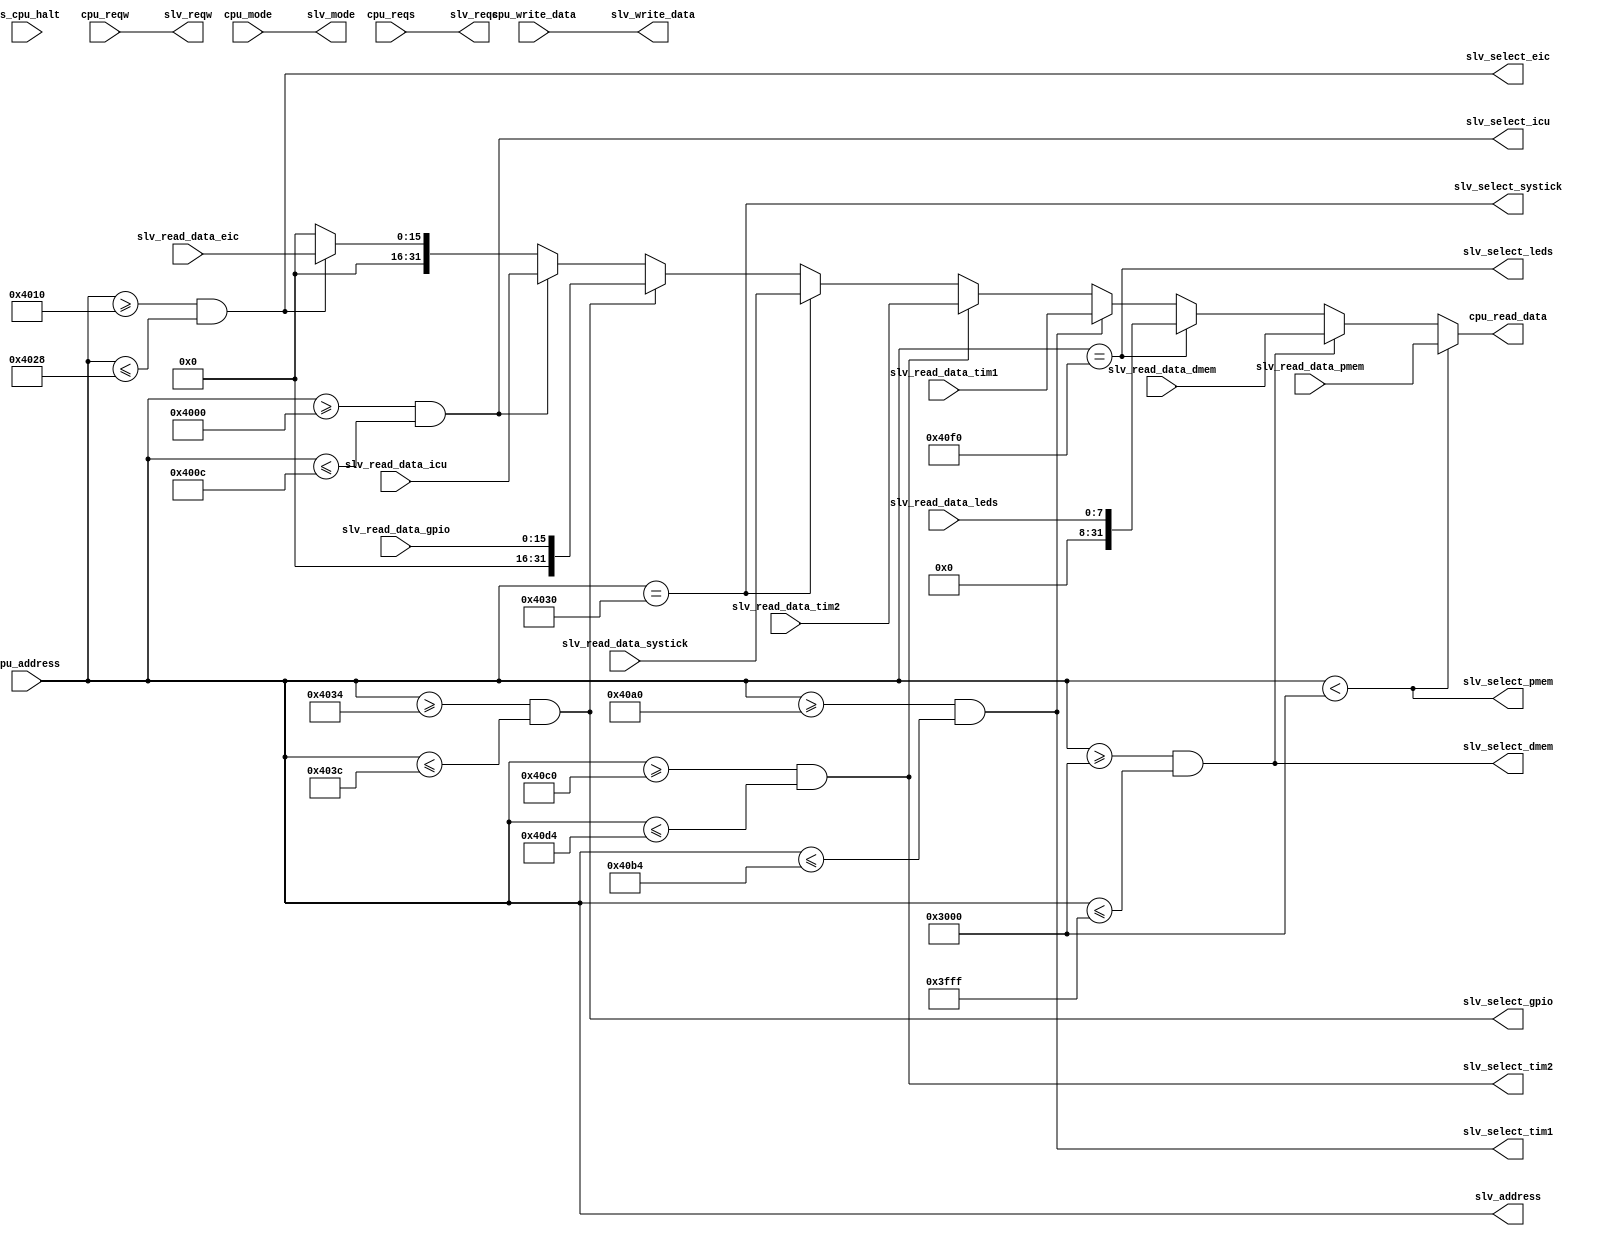
module bus_arbiter(
    input ds_cpu_halt,                 // CPU halt debug signal. If it's active, the debug bus controls the bus.

    // CPU master signals
    input [31:0] cpu_address,
    input [31:0] cpu_write_data,
    input [1:0] cpu_reqw,
    input [1:0] cpu_mode,
    input cpu_reqs,
    output [31:0] cpu_read_data,

    
`ifdef FEATURE_DBG_PORT
    // Debug master signals
    input [31:0] dbg_address,
    input [31:0] dbg_write_data,
    input [1:0] dbg_reqw,
    input [1:0] dbg_mode,
    input dbg_reqs,
    output [31:0] dbg_read_data,
`endif


    // Bus connections to slaves
    output [31:0] slv_write_data,
    output [31:0] slv_address,
    output [1:0] slv_reqw,
    output [1:0] slv_mode,
    output slv_reqs,
    
    // Slave peripheral select lines
    output slv_select_pmem,
    output slv_select_dmem,
    output slv_select_leds,
    output slv_select_icu,
    output slv_select_tim1,
    output slv_select_tim2,
    output slv_select_systick,
    output slv_select_gpio,
    output slv_select_eic,
    

    // Data lines from slave peripherals
    input [31:0] slv_read_data_pmem,
    input [31:0] slv_read_data_dmem,
    input [7:0] slv_read_data_leds,
    input [31:0] slv_read_data_icu,
    input [31:0] slv_read_data_tim1,
    input [31:0] slv_read_data_tim2,
    input [31:0] slv_read_data_systick,
    input [15:0] slv_read_data_gpio,
    input [15:0] slv_read_data_eic
    

`ifdef FEATURE_DBG_PORT
    // The register file is only mapped into the data bus address space if the debug port
    // feature is enabled
    ,
    output slv_select_regs,
    input [31:0] slv_read_data_regs
`endif
);

// ===== Master selection
`ifdef FEATURE_DBG_PORT
    // The debug port has complete control over the data bus when the CPU is halted.
    assign slv_address = ds_cpu_halt ? dbg_address : cpu_address;
    assign slv_write_data = ds_cpu_halt ? dbg_write_data : cpu_write_data;
    assign slv_reqw = ds_cpu_halt ? dbg_reqw : cpu_reqw;
    assign slv_reqs = ds_cpu_halt ? dbg_reqs : cpu_reqs;
    assign slv_mode = ds_cpu_halt ? dbg_mode : cpu_mode;
`else
    // If the debug port is disabled, the CPU is the only bus master. No arbitration needed.
    assign slv_address = cpu_address;
    assign slv_write_data = cpu_write_data;
    assign slv_reqw = cpu_reqw;
    assign slv_reqs = cpu_reqs;
    assign slv_mode = cpu_mode;
`endif

// Just give the read result to both. Doesn't matter if it isnt used.
assign cpu_read_data = read_data;

`ifdef FEATURE_DBG_PORT
    assign dbg_read_data = read_data;
`endif


// ===== Peripheral selection
assign slv_select_pmem = (slv_address < 32'h3000);
assign slv_select_dmem = (slv_address >= 32'h3000) && (slv_address <= 32'h3FFF);
assign slv_select_leds = (slv_address == 32'h40F0);
assign slv_select_icu = (slv_address >= 32'h4000) && (slv_address <= 32'h400C);
assign slv_select_tim1 = (slv_address >= 32'h40A0) && (slv_address <= 32'h40B4);
assign slv_select_tim2 = (slv_address >= 32'h40C0) && (slv_address <= 32'h40D4);
assign slv_select_systick = (slv_address == 32'h4030);
assign slv_select_gpio = (slv_address >= 32'h4034) && (slv_address <= 32'h403C);
assign slv_select_eic = (slv_address >= 32'h4010) && (slv_address <= 32'h4028);

`ifdef FEATURE_DBG_PORT
    `ifndef FEATURE_RV32E
        // If RV32E is disabled, the accepted address range is bigger
        assign slv_select_regs = (slv_address >= 32'h4100) && (slv_address <= 32'h417C);
    `else
        assign slv_select_regs = (slv_address >= 32'h4100) && (slv_address <= 32'h413C);
    `endif
`endif

// ===== Bus data muxing
wire [31:0] read_data;  // Data returned from selected peripheral

// Select which slaves gets to provide read result data
assign read_data =  slv_select_pmem ? slv_read_data_pmem :
                    (slv_select_dmem ? slv_read_data_dmem :
                    (slv_select_leds ? { 24'h0, slv_read_data_leds} :
                    (slv_select_tim1 ? slv_read_data_tim1 :
                    (slv_select_tim2 ? slv_read_data_tim2 :
                    (slv_select_systick ? slv_read_data_systick :
                    (slv_select_gpio ? { 16'h0, slv_read_data_gpio } :
                    (slv_select_icu ? slv_read_data_icu :
                    (slv_select_eic ? { 16'h0, slv_read_data_eic } :

`ifdef FEATURE_DBG_PORT
                    (slv_select_regs ? slv_read_data_regs :
                    (32'h0))))))))));
`else
                    (32'h0)))))))));
`endif

endmodule